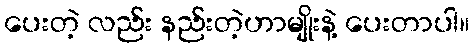
ပေးတဲ့ လည်း နည်းတဲ့ဟာမျိုးနဲ့ ပေးတာပါ။